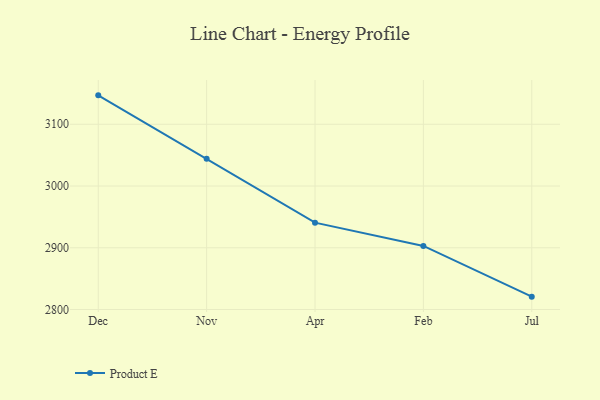
{"axis": {"x": "Month", "y": "Active Users"}, "legend": ["Product E"], "data": [{"x": "Dec", "y": 3146.8, "type": "Product E"}, {"x": "Nov", "y": 3044.2, "type": "Product E"}, {"x": "Apr", "y": 2940.6, "type": "Product E"}, {"x": "Feb", "y": 2902.9, "type": "Product E"}, {"x": "Jul", "y": 2820.8, "type": "Product E"}]}